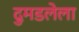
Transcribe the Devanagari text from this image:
दुमडलेला